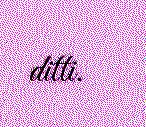
ditti.